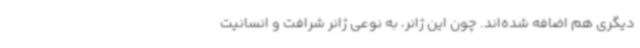
دیگری هم اضافه شده‌اند. چون این ژانر، به نوعی ژانر شرافت و انسانیت